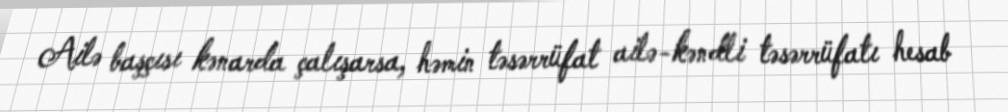
Ailə başçısı kənarda çalışarsa, həmin təsərrüfat ailə-kəndli təsərrüfatı hesab